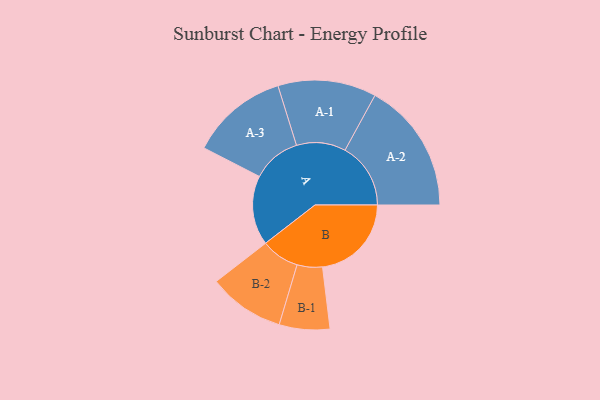
{"axis": {"x": "Segment", "y": "Value"}, "legend": ["", "A", "B"], "data": [{"x": "A", "y": 308, "type": ""}, {"x": "B", "y": 394, "type": ""}, {"x": "A-1", "y": 218, "type": "A"}, {"x": "A-2", "y": 291, "type": "A"}, {"x": "A-3", "y": 216, "type": "A"}, {"x": "B-1", "y": 112, "type": "B"}, {"x": "B-2", "y": 169, "type": "B"}]}